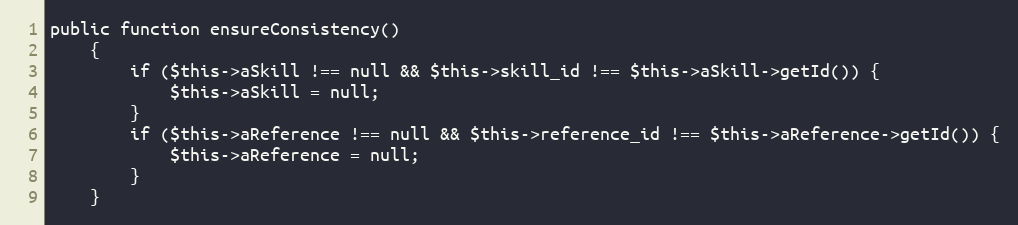
Language: PHP
public function ensureConsistency()
    {
        if ($this->aSkill !== null && $this->skill_id !== $this->aSkill->getId()) {
            $this->aSkill = null;
        }
        if ($this->aReference !== null && $this->reference_id !== $this->aReference->getId()) {
            $this->aReference = null;
        }
    }